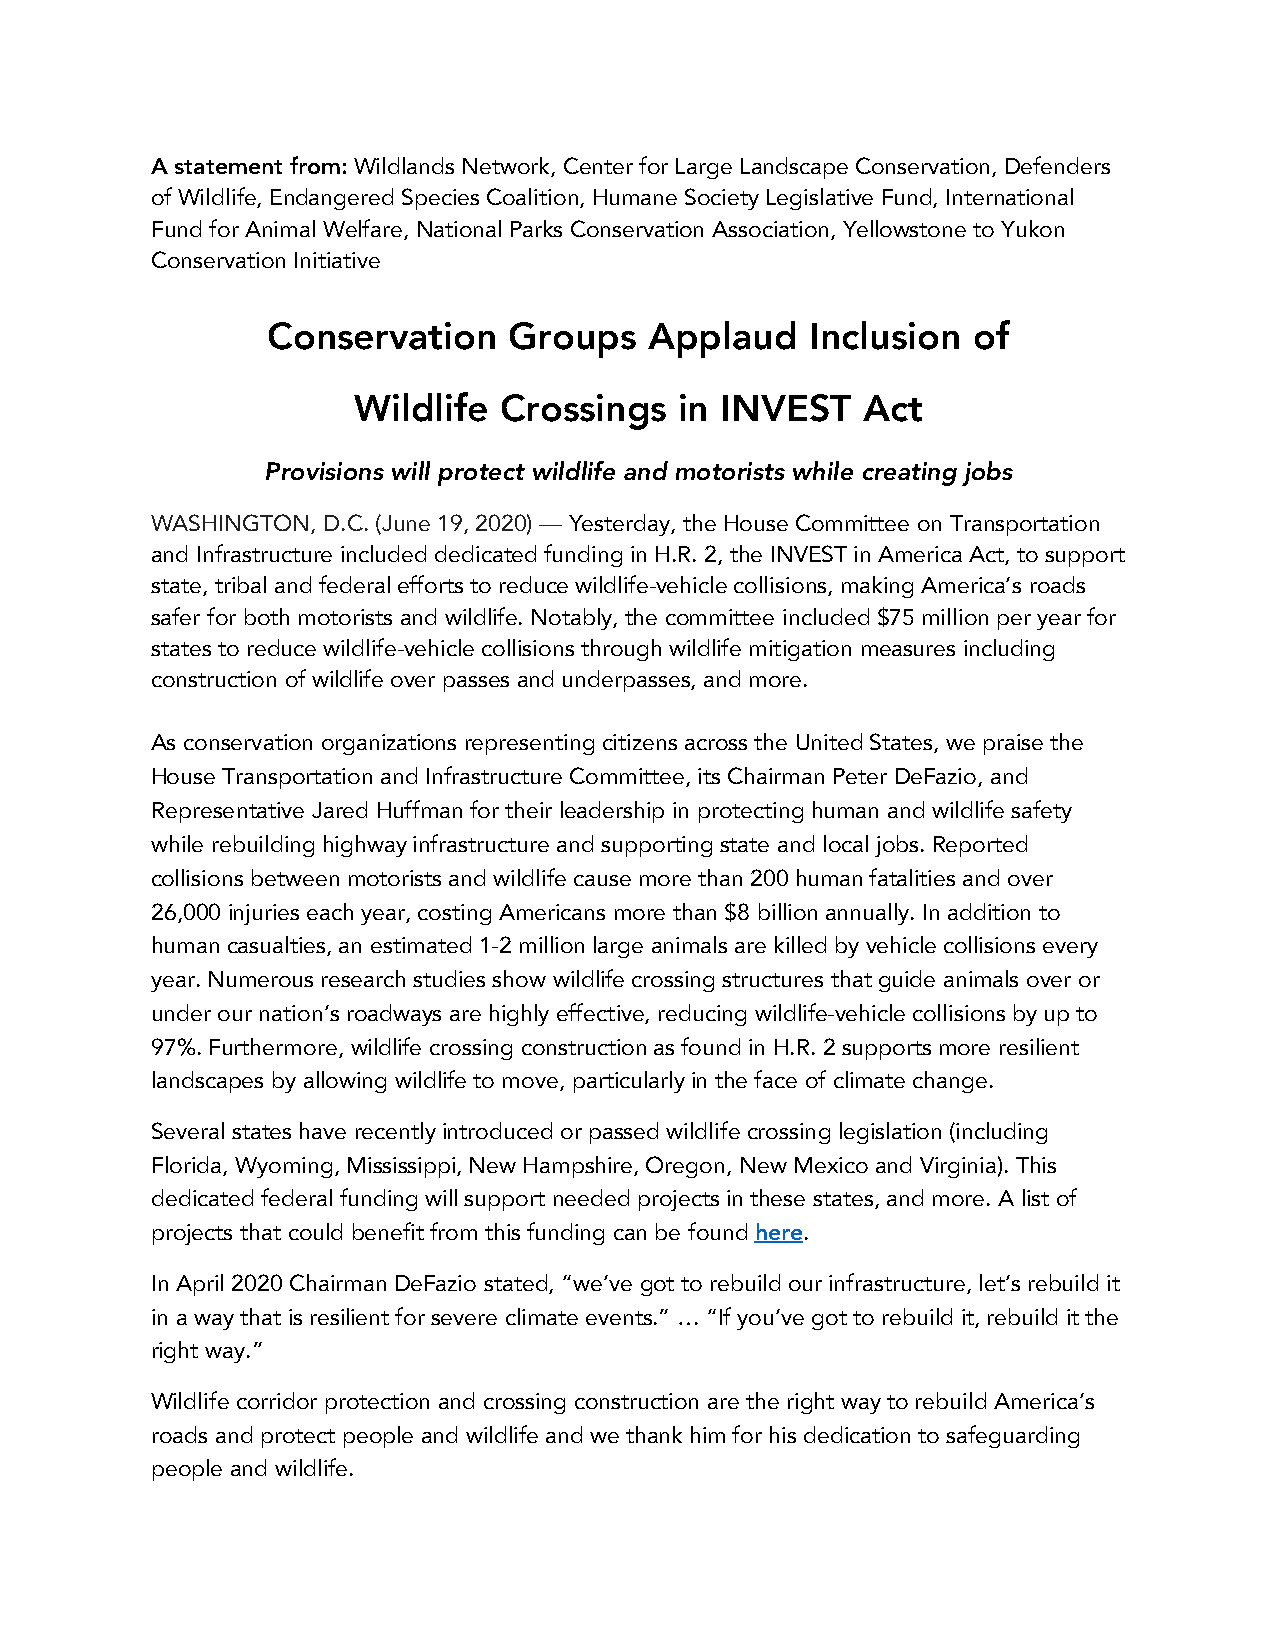
A statement from: Wildlands Network, Center for Large Landscape Conservation, Defenders
 of Wildlife, Endangered Species Coalition, Humane Society Legislative Fund, International
 Fund for Animal Welfare, National Parks Conservation Association, Yellowstone to Yukon
 Conservation Initiative
 Conservation    Groups   Applaud    Inclusion of
 Wildlife  Crossings   in INVEST   Act
 Provisions will protect wildlife and motorists while creating jobs
 WASHINGTON, D.C. (June 19, 2020) — Yesterday, the House Committee on Transportation
 and Infrastructure included dedicated funding in H.R. 2, the INVEST in America Act, to support
 state, tribal and federal efforts to reduce wildlife-vehicle collisions, making America’s roads
 safer for both motorists and wildlife. Notably, the committee included $75 million per year for
 states to reduce wildlife-vehicle collisions through wildlife mitigation measures including
 construction of wildlife over passes and underpasses, and more.
 As conservation organizations representing citizens across the United States, we praise the
 House Transportation and Infrastructure Committee, its Chairman Peter DeFazio, and
 Representative Jared Huffman for their leadership in protecting human and wildlife safety
 while rebuilding highway infrastructure and supporting state and local jobs. Reported
 collisions between motorists and wildlife cause more than 200 human fatalities and over
 26,000 injuries each year, costing Americans more than $8 billion annually. In addition to
 human casualties, an estimated 1-2 million large animals are killed by vehicle collisions every
 year. Numerous research studies show wildlife crossing structures that guide animals over or
 under our nation’s roadways are highly effective, reducing wildlife-vehicle collisions by up to
 97%. Furthermore, wildlife crossing construction as found in H.R. 2 supports more resilient
 landscapes by allowing wildlife to move, particularly in the face of climate change.
 Several states have recently introduced or passed wildlife crossing legislation (including
 Florida, Wyoming, Mississippi, New Hampshire, Oregon, New Mexico and Virginia). This
 dedicated federal funding will support needed projects in these states, and more. A list of
 projects that could benefit from this funding can be found here.
 In April 2020 Chairman DeFazio stated, “we’ve got to rebuild our infrastructure, let’s rebuild it
 in a way that is resilient for severe climate events.” … “If you’ve got to rebuild it, rebuild it the
 right way.”
 Wildlife corridor protection and crossing construction are the right way to rebuild America’s
 roads and protect people and wildlife and we thank him for his dedication to safeguarding
 people and wildlife.